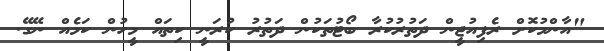
"އާންމުކޮށް ރެފިއުޖީން ދަތުރުކުރާ ބޯޓުތަކުން ދަތުރު ކުރަނީ ކިތައް މީހުން ކަމެއް ނޭގޭ.